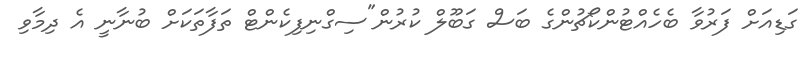
ގަޑިއަށް ފަރުވާ ބެެހެއްޓުންކޯޗުންގެ ބަސް ގަބޫލް ކުރުން"ސިގްނިފިކެންޓް ތަފާތަކަށް ބުނާނީ އެ ދިމާވި